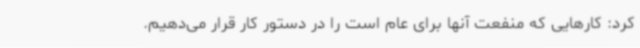
کرد: کارهایی که منفعت آنها برای عام است را در دستور کار قرار می‌دهیم.